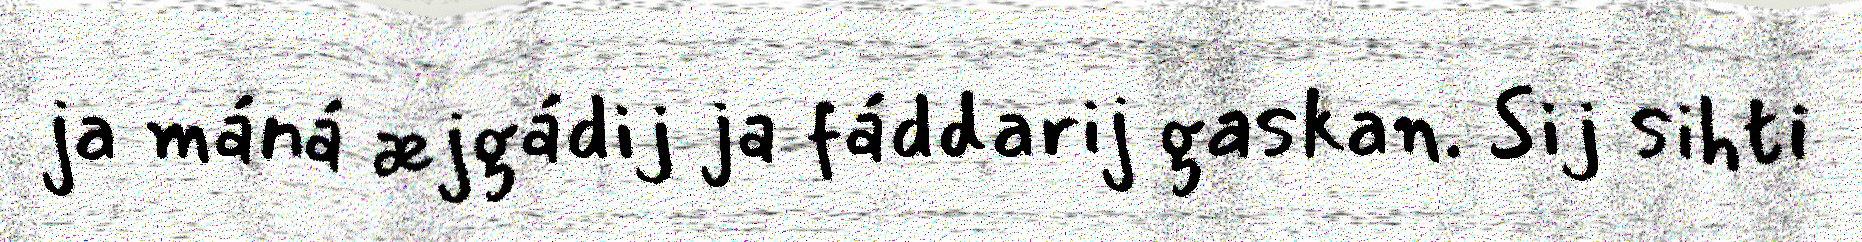
ja máná æjgádij ja fáddarij gaskan. Sij sihti